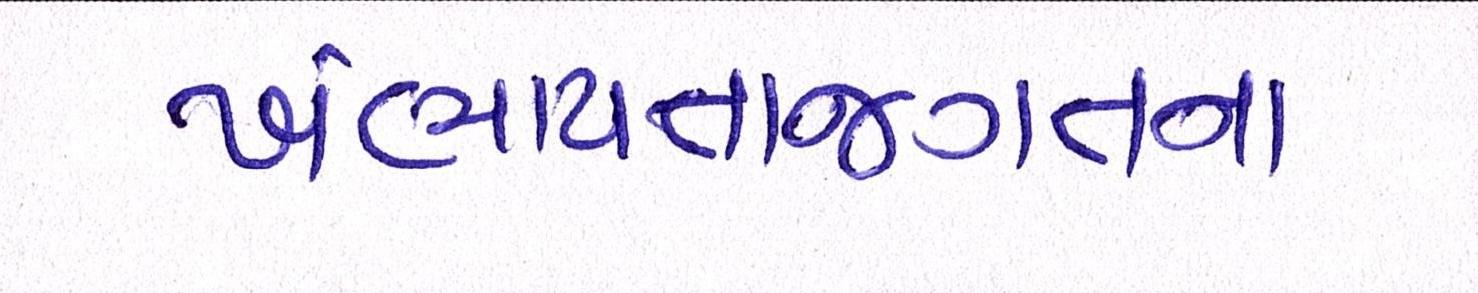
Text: ખંભાયતાજગતના